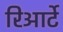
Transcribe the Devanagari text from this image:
रिआर्टे